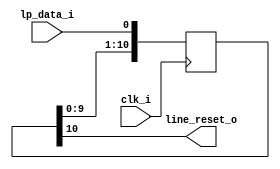
//MIPI Data line HS to LP transition can cause gragage data into bus,
//This moduel holds reset a little longer before stable data comes throw 

module line_reset_generator(clk_i, lp_data_i, line_reset_o);
input clk_i;
input lp_data_i;
output line_reset_o;

reg [10:0]shift_reg;
always @(posedge clk_i)
begin
	shift_reg <= {shift_reg[9:0] , lp_data_i};
end

assign line_reset_o = shift_reg[10];

endmodule